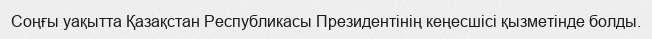
Соңғы уақытта Қазақстан Республикасы Президентінің кеңесшісі қызметінде болды.